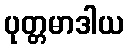
ပုတ္တမာဒါယ